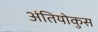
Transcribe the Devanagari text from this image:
अंतियोकुस